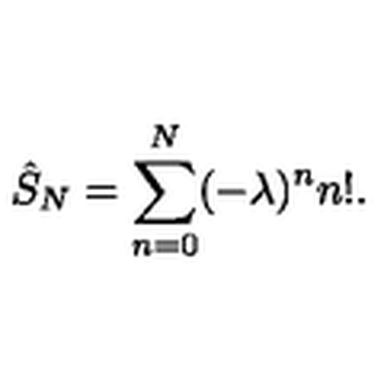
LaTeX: \hat { S } _ { N } = \sum _ { n = 0 } ^ { N } ( - \lambda ) ^ { n } n ! .